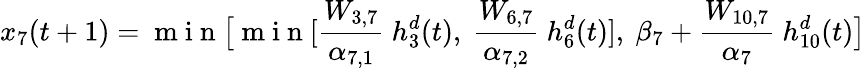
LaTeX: x_{7}(t+1)=\mathrm{~m~i~n~}\bigl[\mathrm{~m~i~n~}[\frac{W_{3,7}}{\alpha_{7,1}}\mathrm{~}h_{3}^{d}(t),\mathrm{~}\frac{W_{6,7}}{\alpha_{7,2}}\mathrm{~}h_{6}^{d}(t)],\mathrm{~}\beta_{7}+\frac{W_{10,7}}{\alpha_{7}}\mathrm{~}h_{10}^{d}(t)\bigr]